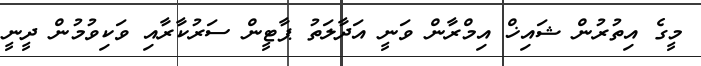
މީގެ އިތުރުން ޝައިޚް އިމްރާން ވަނީ އަދާލަތު ޕާޓީން ސަރުކާރާއި ވަކިވުމުން ދީނީ